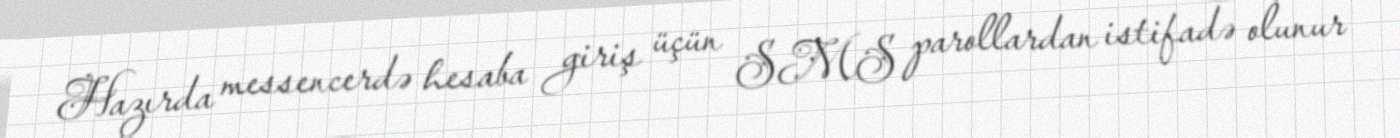
Hazırda messencerdə hesaba giriş üçün SMS parollardan istifadə olunur -